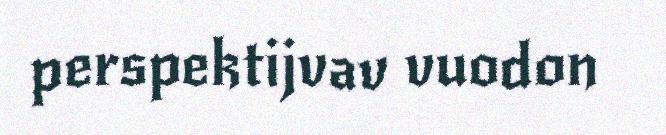
perspektijvav vuodon